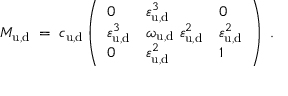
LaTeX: M _ { \mathrm { u , d } } \; = \; c _ { \mathrm { u , d } } \left( \begin{array} { l l l } { { 0 } } & { { \varepsilon _ { \mathrm { u , d } } ^ { 3 } } } & { { 0 } } \\ { { \varepsilon _ { \mathrm { u , d } } ^ { 3 } } } & { { \omega _ { \mathrm { u , d } } ~ \varepsilon _ { \mathrm { u , d } } ^ { 2 } } } & { { \varepsilon _ { \mathrm { u , d } } ^ { 2 } } } \\ { { 0 } } & { { \varepsilon _ { \mathrm { u , d } } ^ { 2 } } } & { { 1 } } \end{array} \right) \; .